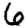
Digit: 6